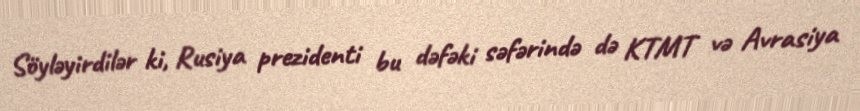
Söyləyirdilər ki, Rusiya prezidenti bu dəfəki səfərində də KTMT və Avrasiya